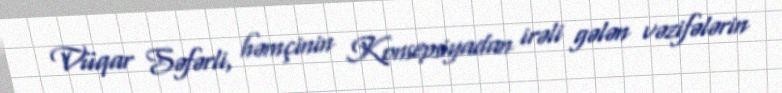
Vüqar Səfərli, həmçinin Konsepsiyadan irəli gələn vəzifələrin